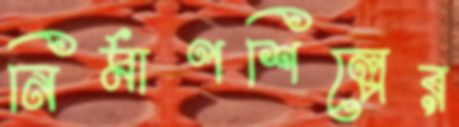
নির্মাণশিল্পের